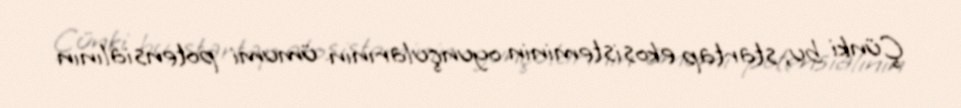
Çünki bu, startap ekosisteminin oyunçularının ümumi potensialının